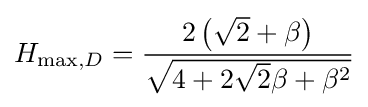
H_{{\text{max}},D}={\frac {2\left({\sqrt {2}}+\beta \right)}{\sqrt {4+2{\sqrt {2}}\beta +\beta ^{2}}}}